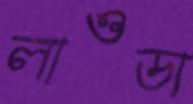
লাওডা